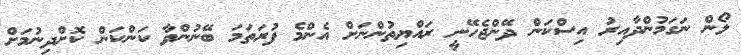
ލޯން ނަގަމުންދާއިރު އިސްކަން ދޭންޖެހޭނީ ރައްޔިތުންނަށް އެންމެ ފުރަތަމަ ބޭނުންވާ ކަންކަން ކޮށްދިނުމަށް